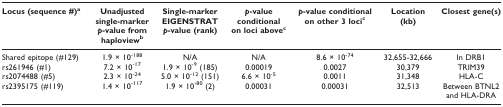
<table><thead><tr><td><b>Locus (sequence #)<sup>a</sup></b></td><td><b>Unadjusted single-marker<i>p</i>-value fromhaploview<sup>b</sup></b></td><td><b>Single-marker EIGENSTRAT<i>p</i>-value (rank)</b></td><td><b><i>p</i>-value conditional on loci above<sup>c</sup></b></td><td><b><i>p</i>-value conditional on other 3 loci<sup>c</sup></b></td><td><b>Location (kb)</b></td><td><b>Closest gene(s)</b></td></tr></thead><tbody><tr><td>Shared epitope (#129)</td><td>1.9 × 10<sup>-188</sup></td><td>N/A</td><td>N/A</td><td>8.6 × 10<sup>-74</sup></td><td>32,655-32,666</td><td>In DRB1</td></tr><tr><td>rs261946 (#1)</td><td>7.2 × 10<sup>-17</sup></td><td>1.9 × 10<sup>-9 </sup>(185)</td><td>0.00019</td><td>0.0027</td><td>30,379</td><td>TRIM39</td></tr><tr><td>rs2074488 (#5)</td><td>2.3 × 10<sup>-24</sup></td><td>5.0 × 10<sup>-12 </sup>(151)</td><td>6.6 × 10<sup>-5</sup></td><td>0.0011</td><td>31,348</td><td>HLA-C</td></tr><tr><td>rs2395175 (#119)</td><td>1.4 × 10<sup>-117</sup></td><td>1.9 × 10<sup>-80 </sup>(2)</td><td>0.00031</td><td>0.00031</td><td>32,513</td><td>Between BTNL2 and HLA-DRA</td></tr></tbody></table>